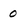
Character: 0